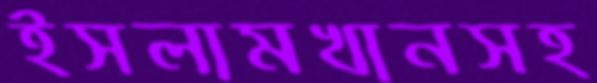
ইসলামখানসহ